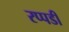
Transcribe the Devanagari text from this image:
रप्पडी